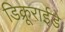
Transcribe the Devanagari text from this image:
डिक्रूराईडे